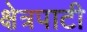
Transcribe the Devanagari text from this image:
क्षेत्रपाटी